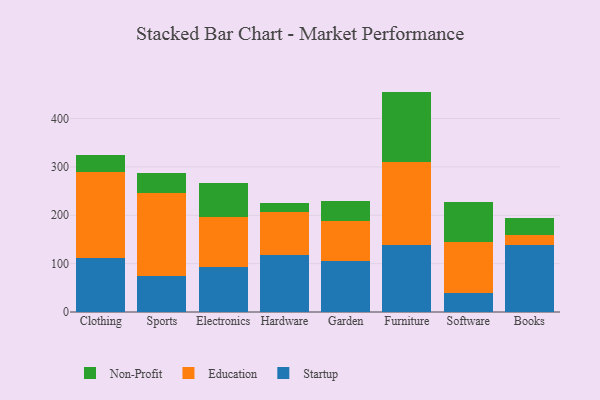
{"axis": {"x": "Category", "y": "Page Views"}, "legend": ["Education", "Non-Profit", "Startup"], "data": [{"x": "Clothing", "y": 112.2, "type": "Startup"}, {"x": "Clothing", "y": 177.6, "type": "Education"}, {"x": "Clothing", "y": 34.6, "type": "Non-Profit"}, {"x": "Sports", "y": 73.8, "type": "Startup"}, {"x": "Sports", "y": 172.8, "type": "Education"}, {"x": "Sports", "y": 41.0, "type": "Non-Profit"}, {"x": "Electronics", "y": 93.0, "type": "Startup"}, {"x": "Electronics", "y": 103.9, "type": "Education"}, {"x": "Electronics", "y": 70.1, "type": "Non-Profit"}, {"x": "Hardware", "y": 118.1, "type": "Startup"}, {"x": "Hardware", "y": 88.8, "type": "Education"}, {"x": "Hardware", "y": 19.3, "type": "Non-Profit"}, {"x": "Garden", "y": 106.4, "type": "Startup"}, {"x": "Garden", "y": 82.7, "type": "Education"}, {"x": "Garden", "y": 40.9, "type": "Non-Profit"}, {"x": "Furniture", "y": 138.3, "type": "Startup"}, {"x": "Furniture", "y": 172.4, "type": "Education"}, {"x": "Furniture", "y": 144.9, "type": "Non-Profit"}, {"x": "Software", "y": 38.9, "type": "Startup"}, {"x": "Software", "y": 105.4, "type": "Education"}, {"x": "Software", "y": 83.8, "type": "Non-Profit"}, {"x": "Books", "y": 137.9, "type": "Startup"}, {"x": "Books", "y": 20.3, "type": "Education"}, {"x": "Books", "y": 36.9, "type": "Non-Profit"}]}